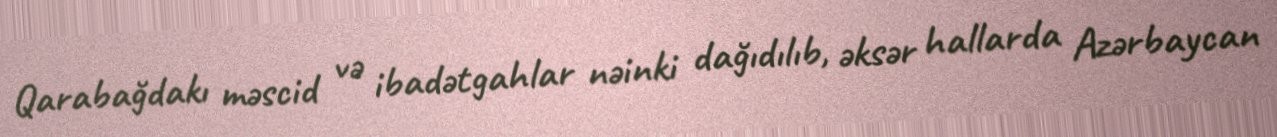
Qarabağdakı məscid və ibadətgahlar nəinki dağıdılıb, əksər hallarda Azərbaycan